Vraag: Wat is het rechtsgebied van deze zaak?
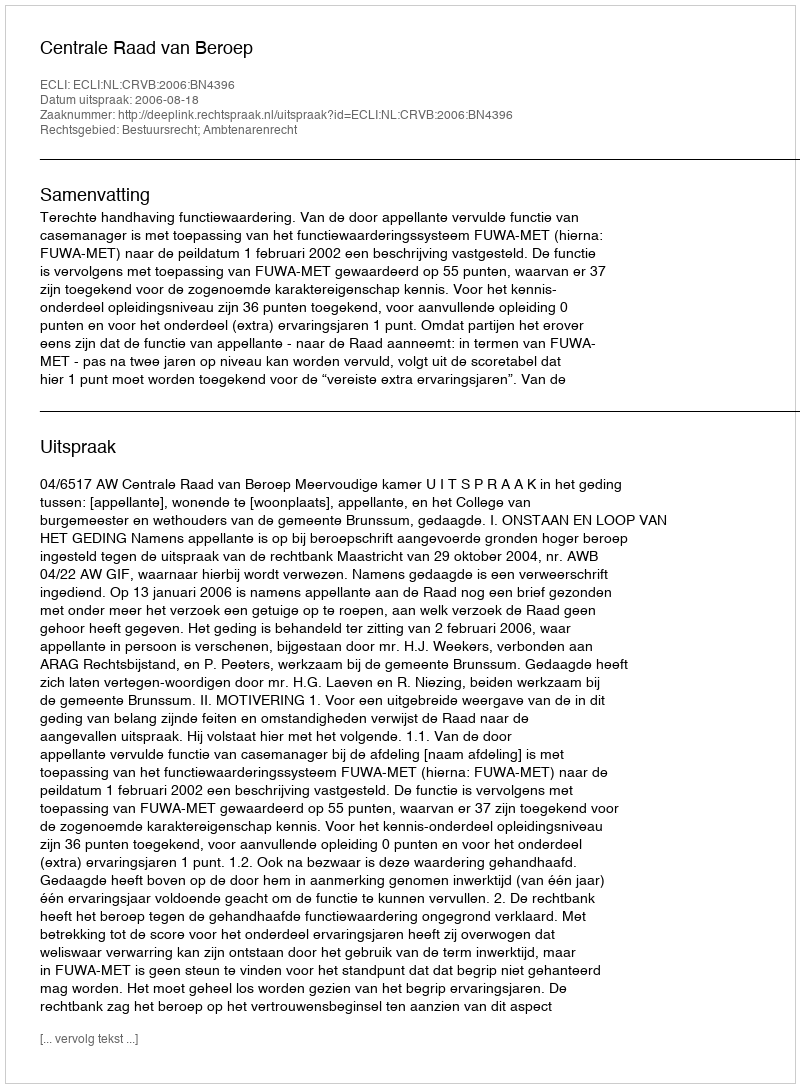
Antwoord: Bestuursrecht; Ambtenarenrecht